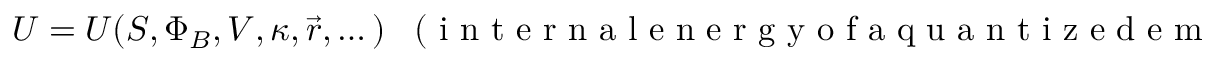
U = U ( S , \Phi _ { B } , V , \kappa , \vec { r } , \dotsc ) \enspace \mathrm { ~ ( ~ i ~ n ~ t ~ e ~ r ~ n ~ a ~ l ~ e ~ n ~ e ~ r ~ g ~ y ~ o ~ f ~ a ~ q ~ u ~ a ~ n ~ t ~ i ~ z ~ e ~ d ~ e ~ m ~ p ~ t ~ y ~ b ~ o ~ x ~ ) ~ } .